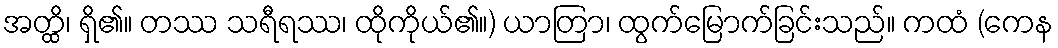
အတ္ထိ၊ ရှိ၏။ တဿ သရီရဿ၊ ထိုကိုယ်၏။) ယာတြာ၊ ထွက်မြောက်ခြင်းသည်။ ကထံ (ကေန